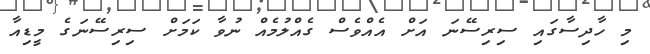
މި ހާދިސާގައި ސިރިސޭނަ އަށް އެއްވެސް ގެއްލުމެއް ނުވާ ކަމަށް ސިރިސޭނަގެ މީޑިއާ